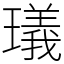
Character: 㼁